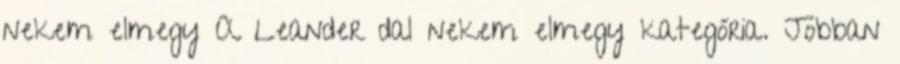
nekem elmegy A Leander dal nekem elmegy kategória. Jobban